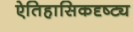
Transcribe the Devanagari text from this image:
ऐतिहासिकदृष्ट्य